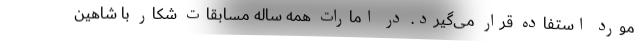
مورد استفاده قرار می‌گیرد. در امارات همه ساله مسابقات شکار با شاهین